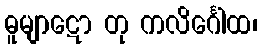
ဓူမျာဋော တု ကလိင်္ဂေါထ၊